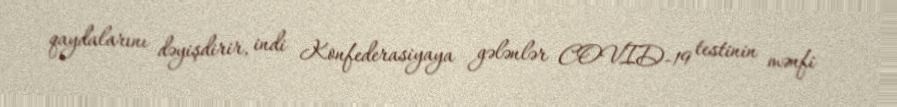
qaydalarını dəyişdirir, indi Konfederasiyaya gələnlər COVID-19 testinin mənfi